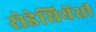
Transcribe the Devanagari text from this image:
रोडेसियेंसी